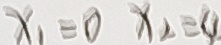
x _ { 1 } = 0 x _ { 2 } = 4